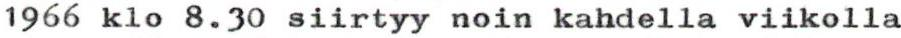
1966 klo 8.30 siirtyy noin kahdella viikolla